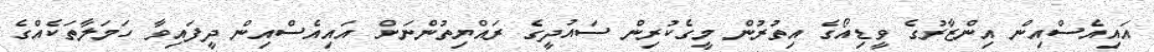
އައިއެސްއިން އިންޒާރުގެ ވީޑިއޯގެ އިތުރުން މީގެކުރިން ސައުދީގެ ރައްޔިތުންނަށް އައިއެސްއިން ދީފައިވާ ހަމަލާތަކެއްގެ